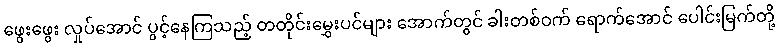
ဖွေးဖွေး လှုပ်အောင် ပွင့်နေကြသည့် တတိုင်းမွှေးပင်များ အောက်တွင် ခါးတစ်ဝက် ရောက်အောင် ပေါင်းမြက်တို့